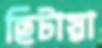
ছিটায়া